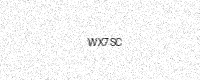
Text: WX7SC